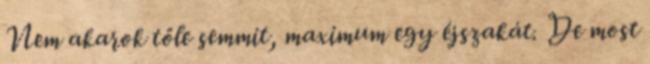
Nem akarok tőle semmit, maximum egy éjszakát. De most